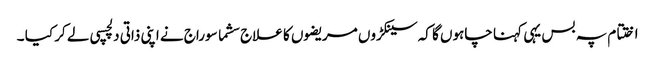
اختتام پہ بس یہی کہنا چاہوں گا کہ سینکڑوں مریضوں کا علاج سشما سوراج نے اپنی ذاتی دلچسپی لے کر کیا ۔